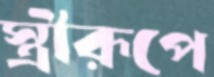
স্ত্রীরূপে